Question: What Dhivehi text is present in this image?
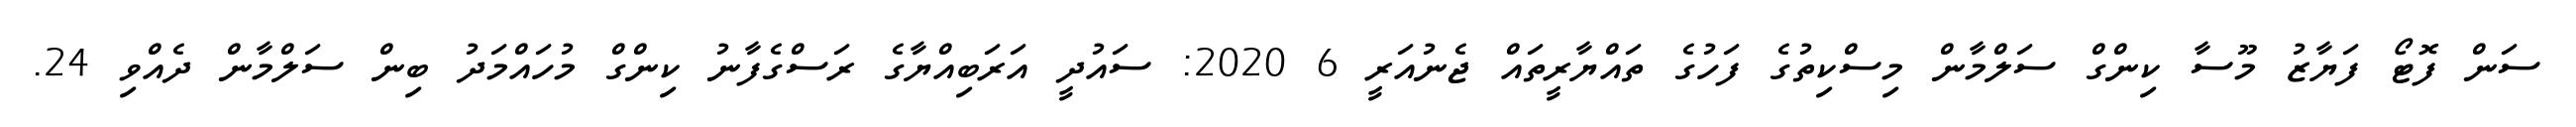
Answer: ސަން ފޮޓޯ ފަޔާޒު މޫސާ ކިންގް ސަލްމާން މިސްކިތުގެ ފަހުގެ ތައްޔާރީތައް ޖެނުއަރީ 6 2020: ސައުދީ އަރަބިއްޔާގެ ރަސްގެފާނު ކިންގް މުހައްމަދު ބިން ސަލްމާން ދެއްވި 24.